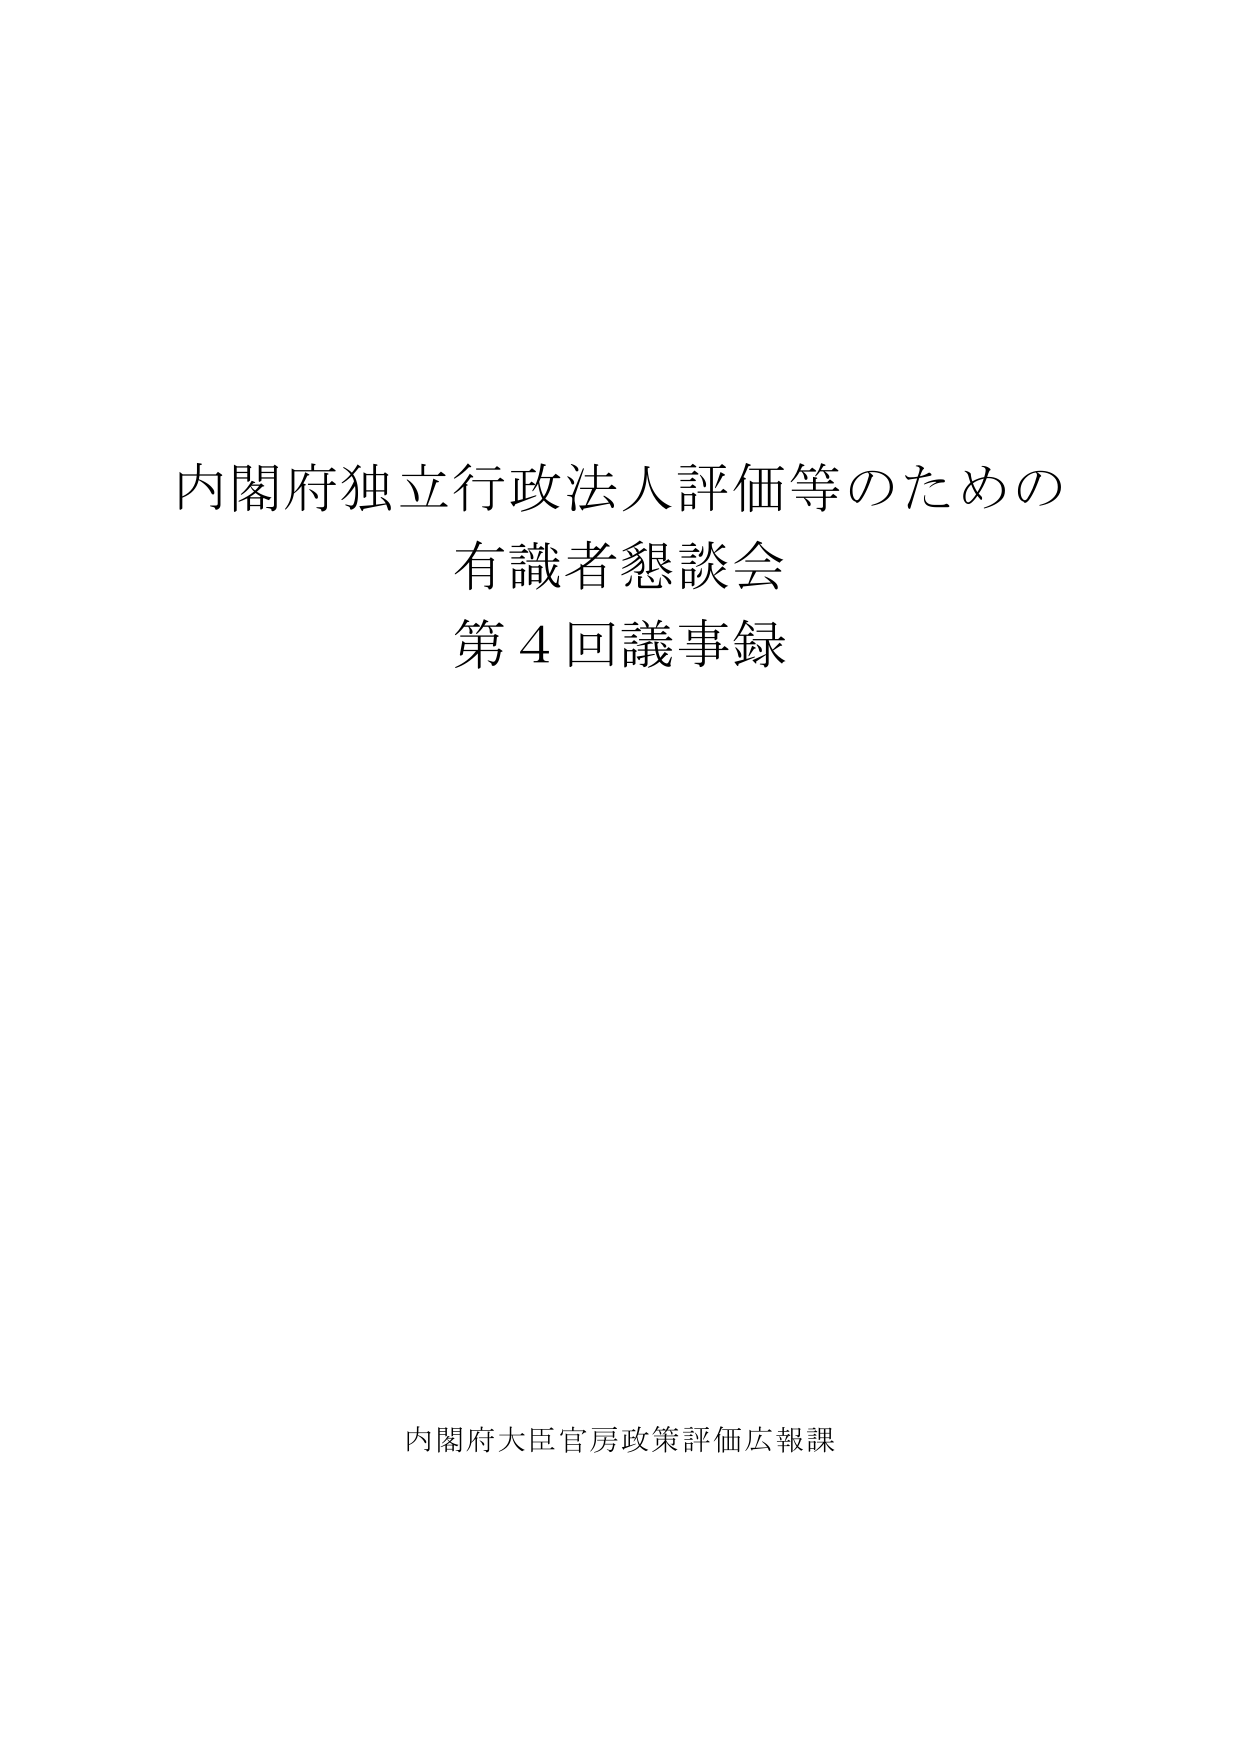
内閣府独立行政法人評価等のための
有識者懇談会
第4回議事録

内閣府大臣官房政策評価広報課